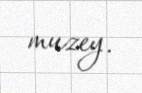
muzey.